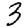
Digit: 3